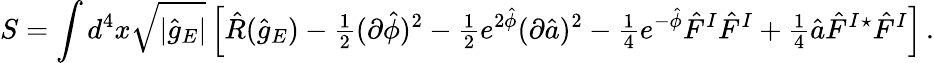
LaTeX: S=\int d^{4}x\sqrt{|\hat{g}_{E}|}\left[\hat{R}(\hat{g}_{E})-{\textstyle\frac{1}{2}}(\partial\hat{\phi})^{2}-{\textstyle\frac{1}{2}}e^{2\hat{\phi}}(\partial\hat{a})^{2}-{\textstyle\frac{1}{4}}e^{-\hat{\phi}}\hat{F}^{I}\hat{F}^{I}+{\textstyle\frac{1}{4}}\hat{a}\hat{F}^{I}{}^{\star}\hat{F}^{I}\right]\, .